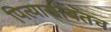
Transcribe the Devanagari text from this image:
पित्यासोबतच